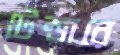
টেন্ডারে